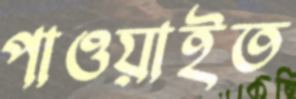
পাওয়াইত